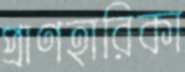
প্রাণহারিকা